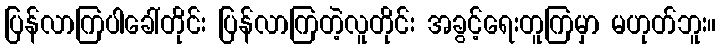
ပြန်လာကြပါခေါ်တိုင်း ပြန်လာကြတဲ့လူတိုင်း အခွင့်ရေးတူကြမှာ မဟုတ်ဘူး။